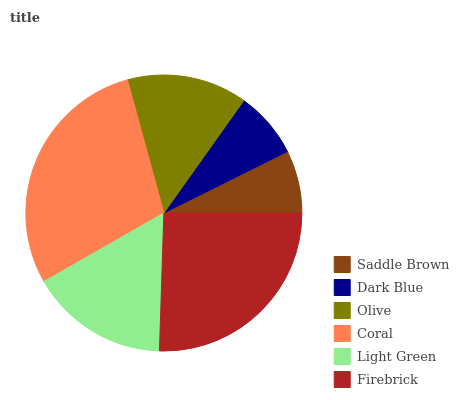
| Saddle Brown | Dark Blue | Olive | Coral | Light Green | Firebrick |
 | --- | --- | --- | --- | --- | --- |
 | 7.36% | 7.82% | 14.1% | 29% | 16.2% | 25.5% |